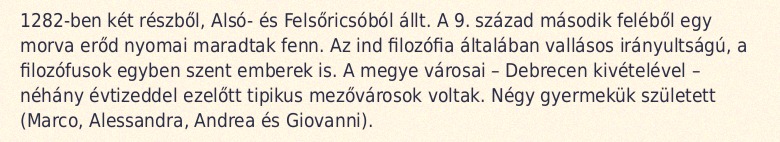
1282-ben két részből, Alsó- és Felsőricsóból állt. A 9. század második feléből egy morva erőd nyomai maradtak fenn. Az ind filozófia általában vallásos irányultságú, a filozófusok egyben szent emberek is. A megye városai – Debrecen kivételével – néhány évtizeddel ezelőtt tipikus mezővárosok voltak. Négy gyermekük született (Marco, Alessandra, Andrea és Giovanni).